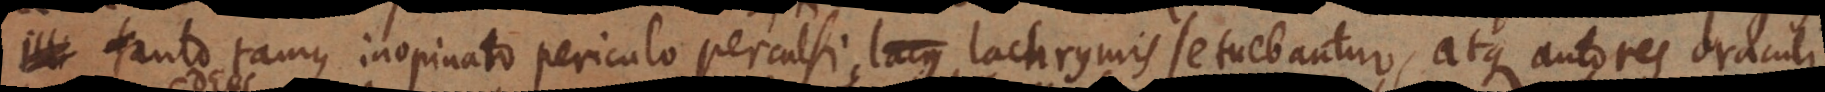
tanto tamque inopinato periculo perculsi, lachrymis se tuebantur, atque autores oraculi